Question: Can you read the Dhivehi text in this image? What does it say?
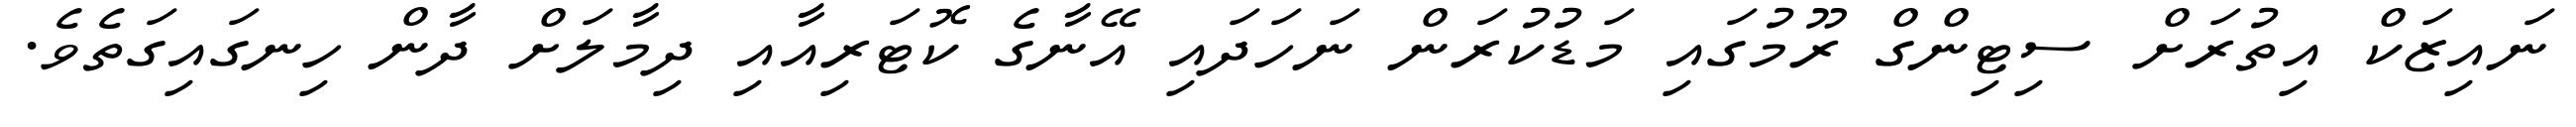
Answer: ނައިޒަކް އިތުރަށް ސިޓިންގް ރޫމުގައި މަޑުކުރަން ނަހަދައި އޭނާގެ ކޮޓަރިއާއި ދިމާލަށް ދާން ހިނގައިގަތެވެ.